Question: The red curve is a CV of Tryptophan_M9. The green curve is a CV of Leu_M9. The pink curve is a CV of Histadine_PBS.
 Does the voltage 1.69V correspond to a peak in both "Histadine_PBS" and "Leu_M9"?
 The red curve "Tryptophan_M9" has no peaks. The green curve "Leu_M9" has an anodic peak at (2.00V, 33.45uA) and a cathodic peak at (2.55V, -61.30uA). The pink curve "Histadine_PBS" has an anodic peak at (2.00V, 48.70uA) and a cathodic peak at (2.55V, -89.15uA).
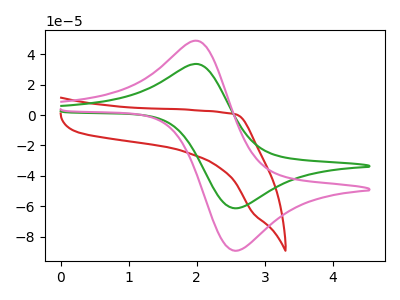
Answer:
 <answer>No, "Histadine_PBS" and "Leu_M9" dont share a peak at 1.69V.</answer>
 <eval>mismatch</eval>